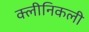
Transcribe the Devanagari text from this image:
क्लीनिकली